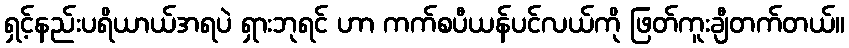
ရှင့်နည်းပရိယာယ်အရပဲ ရှားဘုရင် ဟာ ကက်စပီယန်ပင်လယ်ကို ဖြတ်ကူးချီတက်တယ်။